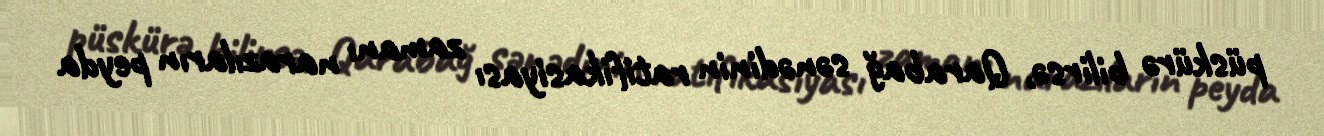
püskürə bilirsə, Qarabağ sənədinin ratifikasiyası zamanı narazıların peyda